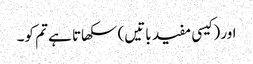
اور (کیسی مفید باتیں) سکھاتا ہے تم کو۔